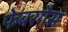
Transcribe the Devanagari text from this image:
फेबरगैस